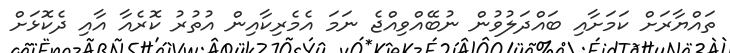
ތައްޔާރަށް ކަމަށާއި ބައްދަލުވުން ނުބޭއްވިއްޖެ ނަމަ އެމެރިކާއިން އުތުރު ކޮރެއާ އާއި ދެކޮޅަށް